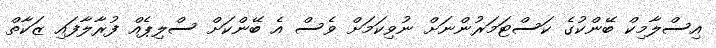
އިސްލާމިކް ބޭންކުގެ ކަސްޓަމަރުންނަށް ނުވިކަމަށް ވެސް އެ ބޭންކަށް ސްލިޕެއް ފުރާލާފައި ޒަކާތް